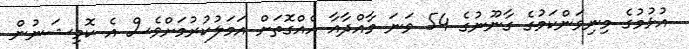
އުޅުމުގެ މިނިވަންކަމުގެ ގާނޫނުގެ 54 ވަނަ މާއްދާއާ އެއްގޮތަށް އަމަލުކުރުމަށްވެސް އެ ކޮމިޝަނުން